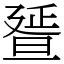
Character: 𣇇